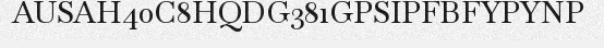
AUSAH40C8HQDG381GPSIPFBFYPYNP